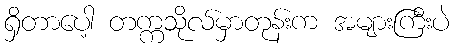
ရှိတာပေါ့ တက္ကသိုလ်မှာတုန်းက အများကြီးပဲ